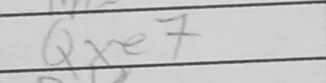
Transcription: Qxe7